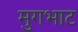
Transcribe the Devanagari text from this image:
मुगभाट